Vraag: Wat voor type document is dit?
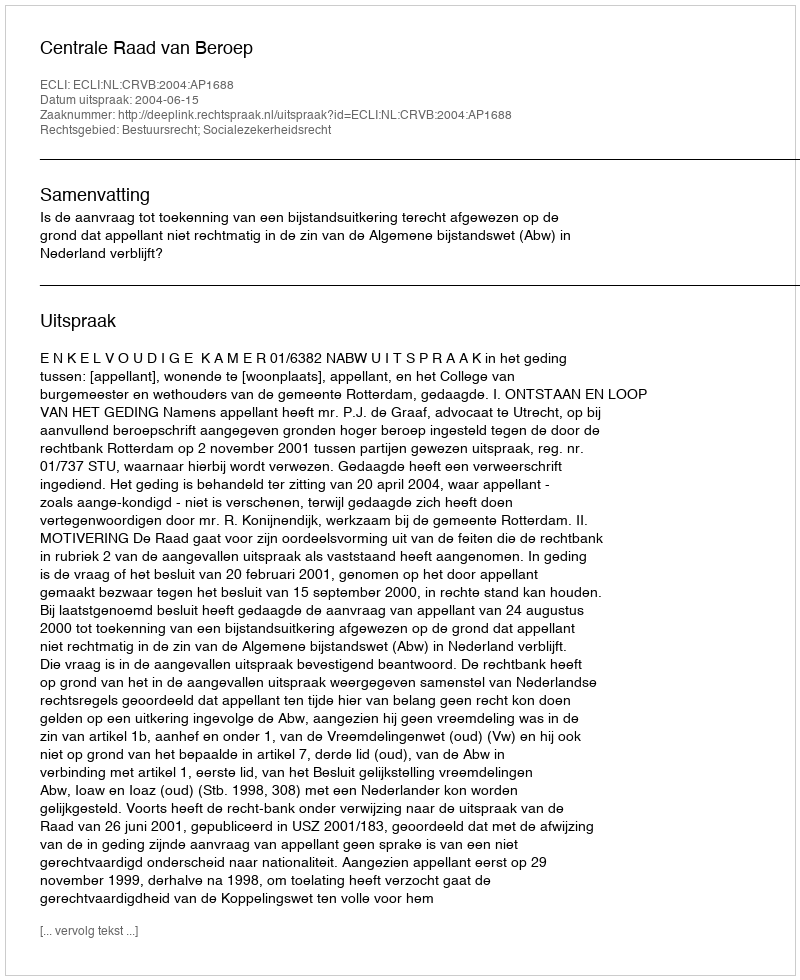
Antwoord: Uitspraak